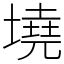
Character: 墝